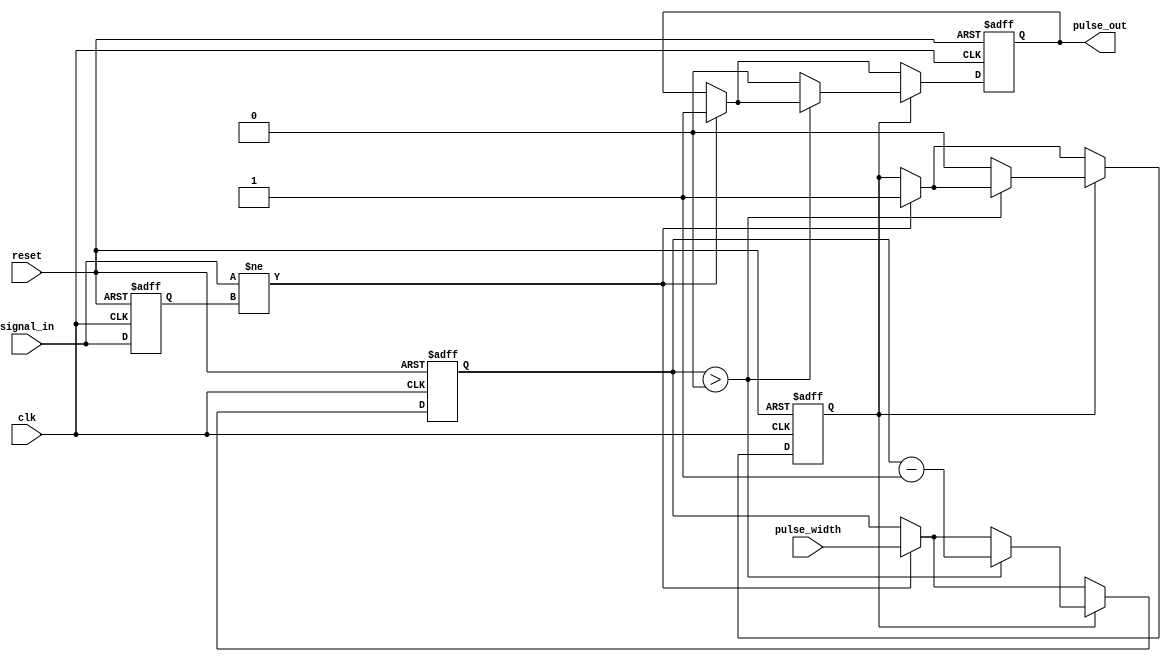
module monostable_edge_detector (
    input wire clk,            // System clock
    input wire reset,          // Reset signal
    input wire signal_in,      // Input signal
    input wire [15:0] pulse_width, // Configurable pulse width (in clock cycles)
    output reg pulse_out       // Output pulse
);

    reg signal_in_prev;        // Previous state of the input signal
    reg [15:0] counter;        // Counter for pulse width
    reg pulse_active;          // Flag to indicate if pulse is currently active

    // Edge detection logic
    always @(posedge clk or posedge reset) begin
        if (reset) begin
            signal_in_prev <= 1'b0;
            pulse_out <= 1'b0;
            counter <= 16'b0;
            pulse_active <= 1'b0;
        end else begin
            // Detect rising or falling edge
            if (signal_in != signal_in_prev) begin
                // Edge detected, start pulse generation
                pulse_active <= 1'b1;
                counter <= pulse_width; // Load the counter with the pulse width
                pulse_out <= 1'b1;      // Set pulse output high
            end
            
            // Store the current input state for the next clock cycle
            signal_in_prev <= signal_in;

            // Pulse generation logic
            if (pulse_active) begin
                if (counter > 0) begin
                    counter <= counter - 1; // Decrement the counter
                end else begin
                    pulse_out <= 1'b0;      // Set pulse output low
                    pulse_active <= 1'b0;   // Reset pulse active flag
                end
            end
        end
    end
endmodule